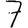
Digit: 7